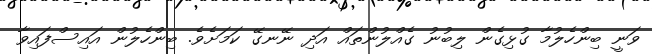
ވަނީ ބިންހެލުމާ ގުޅިގެން ލިބުނު ގެއްލުންތައް އަދި ނޭނގޭ ކަމަށެވެ. ބިންހެލުން އައިސްފައިވާ